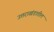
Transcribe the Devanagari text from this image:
उत्तराखंडातील